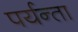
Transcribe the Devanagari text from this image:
पर्यन्ता